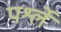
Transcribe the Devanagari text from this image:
पर्श्ले